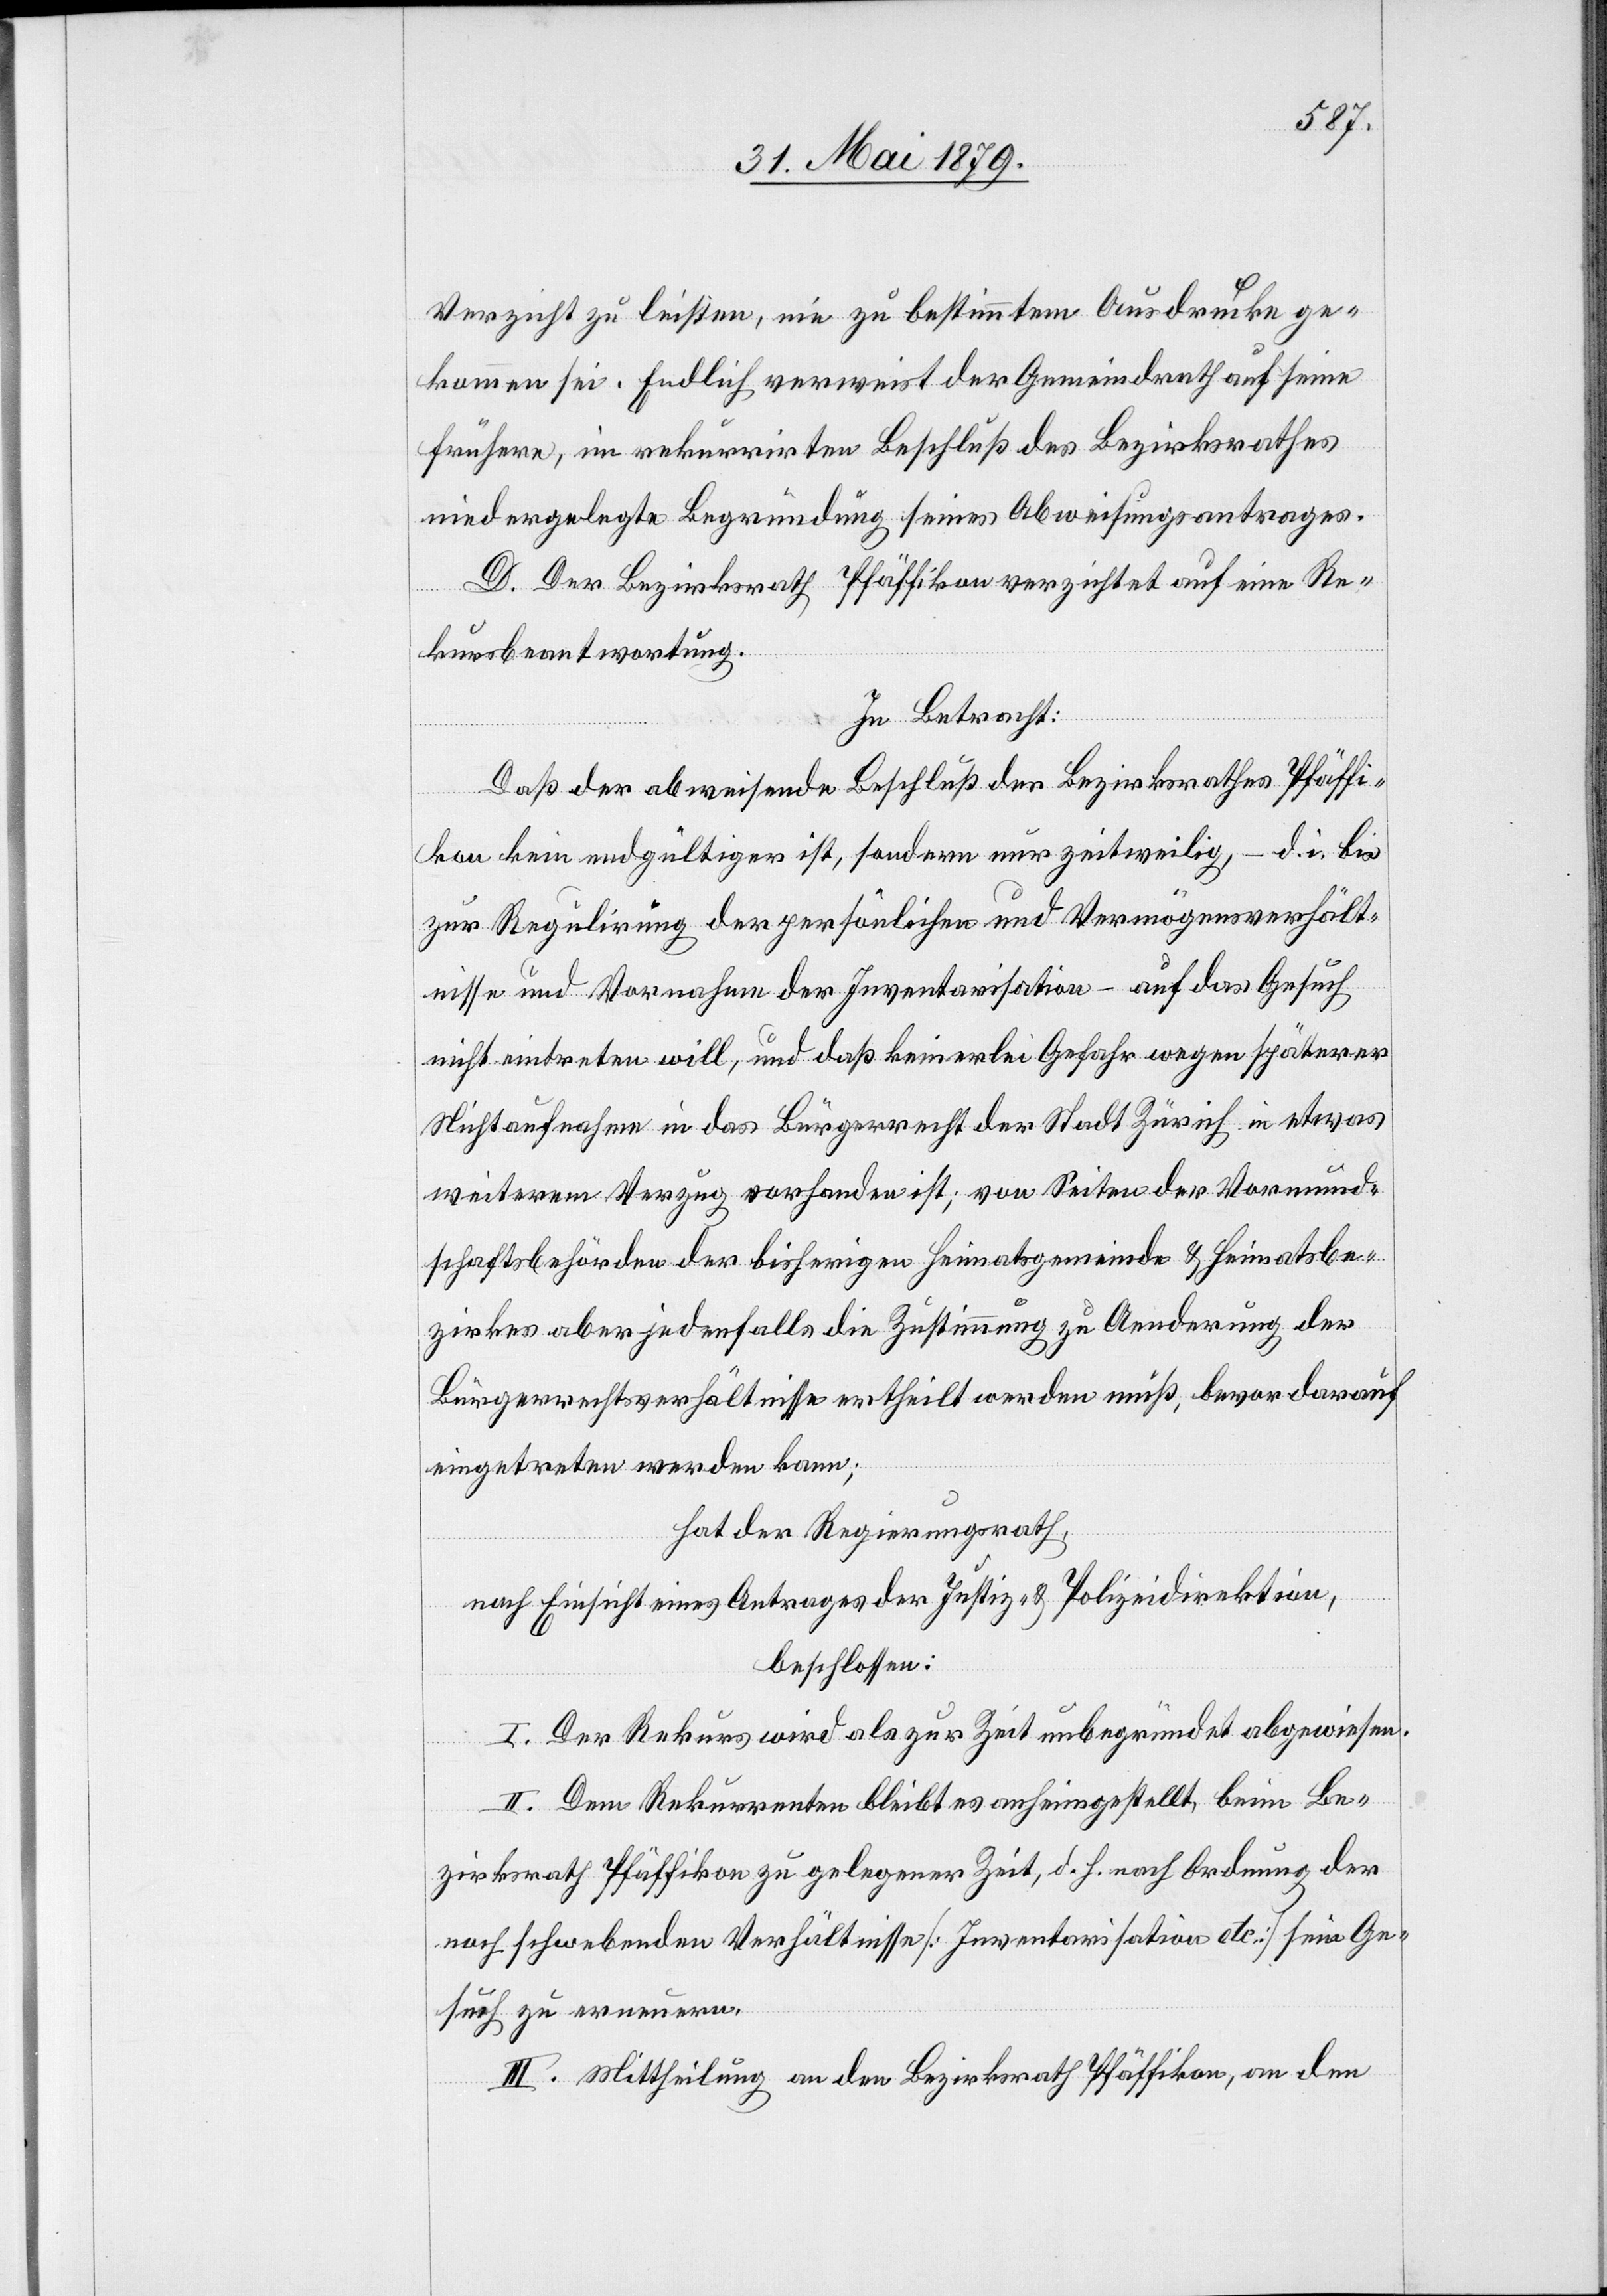
Verzicht zu leisten, nie zu bestimmtem Ausdrucke ge¬
kommen sei. Endlich verweist der Gemeindrath auf seine
frühere, im rekurrirten Beschluß des Bezirksrathes
niedergelegte Begründung seines Abweisungsantrages.
D. Der Bezirksrath Pfäffikon verzichtet auf eine Re¬
kursbeantwortung.
In Betracht:
Daß der abweisende Beschluß des Bezirksrathes Pfäffi¬
kon kein endgültiger ist, sondern nur zeitweilig, – d. i. bis
zur Regulirung der persönlichen und Vermögensverhält¬
nisse und Vornahme der Inventarisation – auf das Gesuch
nicht eintreten will, und daß keinerlei Gefahr wegen späterer
Nichtaufnahme in das Bürgerrecht der Stadt Zürich in etwas
weiterem Verzug vorhanden ist; von Seiten der Vormund¬
schaftsbehörden der bisherigen Heimatsgemeinde & Heimatsbe¬
zirkes aber jedenfalls die Zustimmung zu Aenderung der
Bürgerrechtsverhältnisse ertheilt werden muß, bevor darauf
eingetreten werden kann;
hat der Regierungsrath,
nach Einsicht eines Antrages der Justiz- & Polizeidirektion,
beschlossen:
I. Der Rekurs wird als zur Zeit unbegründet abgewiesen.
II. Dem Rekurrenten bleibt es anheimgestellt, beim Be¬
zirksrath Pfäffikon zu gelegener Zeit, d. h. nach Ordnung der
noch schwebenden Verhältnisse [Inventarisation etc.] sein Ge¬
such zu erneuern.
III. Mittheilung an den Bezirksrath Pfäffikon, an den